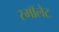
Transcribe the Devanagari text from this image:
स्माॅलेट